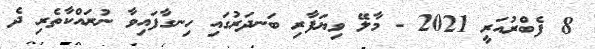
8 ފެބްރުއަރީ 2021 - މާލޭ ވިޔަފާރި ބަނދަރުގައި ހިނގާފައިވާ ނުރައްކާތެރި ދެ